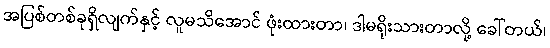
အပြစ်တစ်ခုရှိလျက်နှင့် လူမသိအောင် ဖုံးထားတာ၊ ဒါမရိုးသားတာလို့ ခေါ်တယ်၊